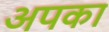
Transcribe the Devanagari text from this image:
अपका